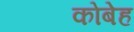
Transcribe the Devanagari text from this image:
कोबेह